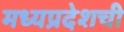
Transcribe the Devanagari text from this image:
मध्यप्रदेशची